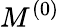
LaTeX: M^{(0)}